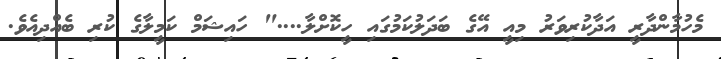
މެހުމާންދާރީ އަދާކުރިވަރު މިއީ އޭގެ ބަދަލުކަމުގައި ހީކޮށްލާ...." ހައިޝަމް ކަމީލާގެ ކުރި ބެއްދިއެވެ.